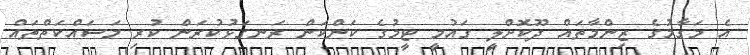
އެ މަގާމުގެ ޒިންމާތައް ދޫކޮށްލީ ގައުމީ ޓީމުގެ ކަންކަން ރަނގަޅުކުރަން ކުރި މަސައްކަތްތައް